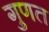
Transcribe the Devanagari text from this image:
गुणत